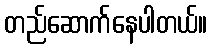
တည်ဆောက်နေပါတယ်။